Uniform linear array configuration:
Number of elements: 16
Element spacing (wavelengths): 0.5
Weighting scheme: hann
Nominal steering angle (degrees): -30
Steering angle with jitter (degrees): -31.557
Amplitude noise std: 0.05
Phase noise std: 0.05

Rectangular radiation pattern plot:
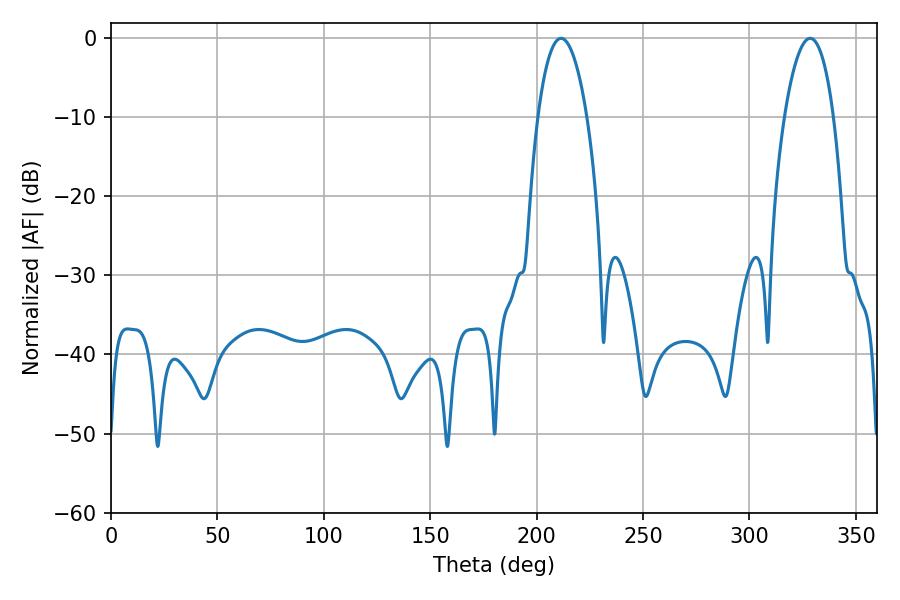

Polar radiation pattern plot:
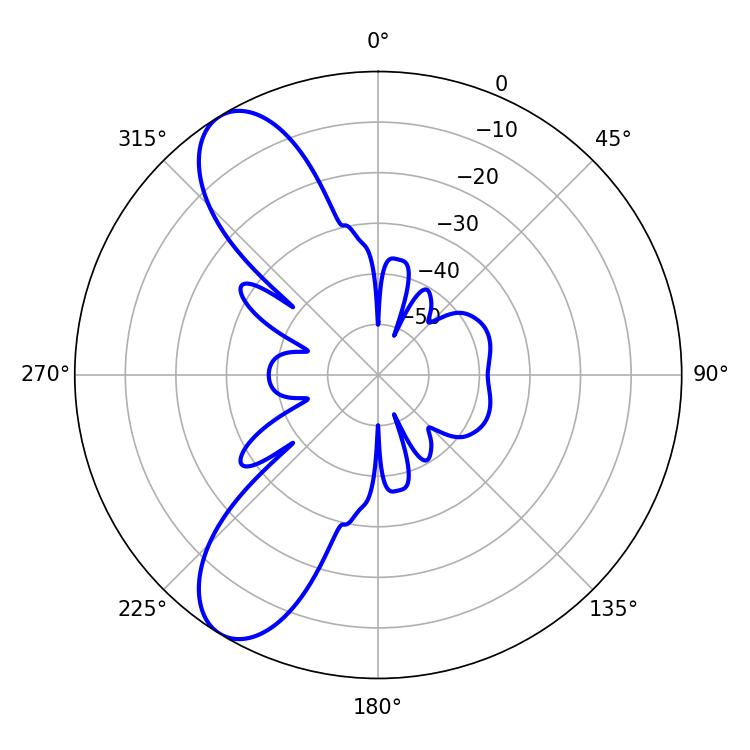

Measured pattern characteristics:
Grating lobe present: FALSE
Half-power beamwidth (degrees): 12.96
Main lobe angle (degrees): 211.5